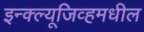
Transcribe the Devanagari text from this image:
इन्क्ल्यूजिव्हमधील